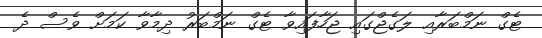
ޓެގް ނަމްބަރާއި ލަގެޖްގައި ޖަހާފައިވާ ޓެގް ނަމްބަރު ދިމާވާ ކަމަށް ވެސް ދެ